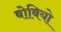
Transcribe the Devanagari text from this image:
बोबियो